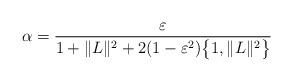
LaTeX: \begin{align*}\alpha=\frac{\varepsilon}{1+\|L\|^2+2(1-\varepsilon^{2})\big\{1,\|L\|^2\big\}}\end{align*}